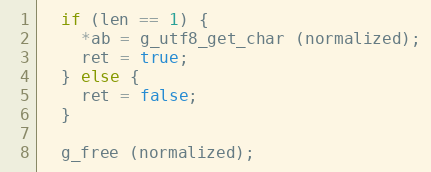
Language: C++
  if (len == 1) {
    *ab = g_utf8_get_char (normalized);
    ret = true;
  } else {
    ret = false;
  }

  g_free (normalized);